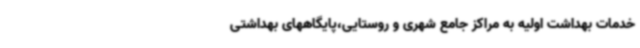
خدمات بهداشت اولیه به مراکز جامع شهری و روستایی،پایگاههای بهداشتی